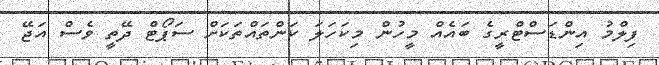
ފިލްމު އިންޑަސްޓްރީގެ ބައެއް މީހުން މިކަހަލަ ކަންތައްތަކަށް ސަޕޯޓް ދޭތީ ވެސް އަޖޭ